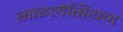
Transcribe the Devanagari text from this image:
साइलेसियन